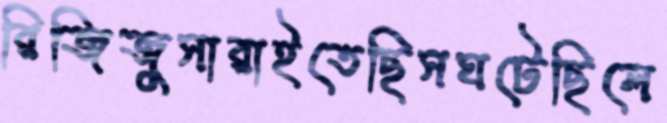
রিজিজুসারাইতেছিসঘটেছিলে